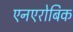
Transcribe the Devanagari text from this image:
एनएरोबिक